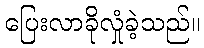
ပြေးလာခိုလှုံခဲ့သည်။